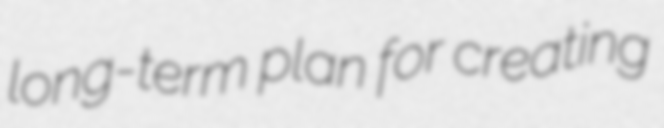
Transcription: long-term plan for creating